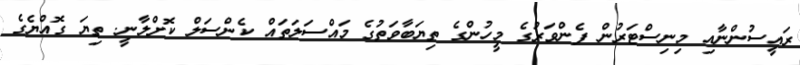
ރައީސުންނާއި މިނިސްޓަރުން ފެންވަރުގެ މީހުންގެ ތިޔަބާވަތުގެ މައްސަލަތައް ކެންސަލް ކޮށްލާނީ. ތިޔަ ގޮއްޔެގެ